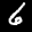
Digit: 6